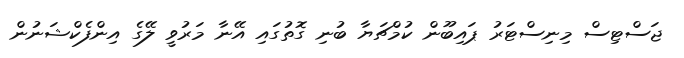
ޖަސްޓިސް މިނިސްޓަރު ޕައިބޫން ކުމްޗަޔާ ބުނި ގޮތުގައި އޭނާ މަރުވީ ލޭގެ އިންފެކްޝަނުން